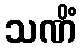
သဏိံ